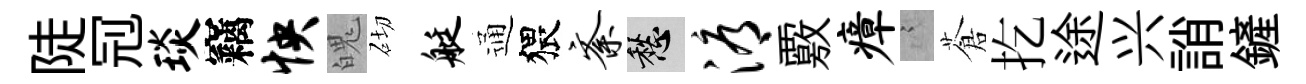
陡𠜍琰竊怏魄砌艇通猥紊愁溽覈瘴謭蒼扢途兴誚鏟